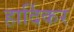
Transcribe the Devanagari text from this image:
हार्दिकर